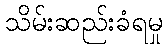
သိမ်းဆည်းခံရမှု